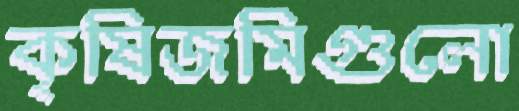
কৃষিজমিগুলো